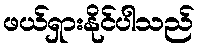
ဖယ်ရှားနိုင်ပါသည်